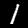
Digit: 1